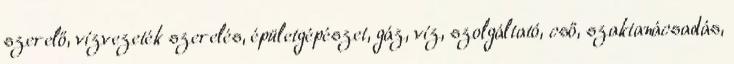
szerelő, vízvezeték szerelés, épületgépészet, gáz, víz, szolgáltató, cső, szaktanácsadás,